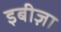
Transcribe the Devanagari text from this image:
इबीज़ा